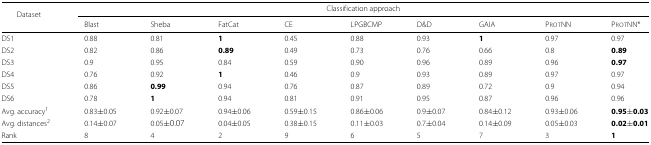
<table><thead><tr><td><b>Dataset</b></td><td colspan="9"><b>Classification approach</b></td></tr><tr><td></td><td><b>Blast</b></td><td><b>Sheba</b></td><td><b>FatCat</b></td><td><b>CE</b></td><td><b>LPGBCMP</b></td><td><b>D&amp;D</b></td><td><b>GAIA</b></td><td><b>ProtNN</b></td><td><b>ProtNN*</b></td></tr></thead><tbody><tr><td>DS1</td><td>0.88</td><td>0.81</td><td><b>1</b></td><td>0.45</td><td>0.88</td><td>0.93</td><td><b>1</b></td><td>0.97</td><td>0.97</td></tr><tr><td>DS2</td><td>0.82</td><td>0.86</td><td><b>0.89</b></td><td>0.49</td><td>0.73</td><td>0.76</td><td>0.66</td><td>0.8</td><td><b>0.89</b></td></tr><tr><td>DS3</td><td>0.9</td><td>0.95</td><td>0.84</td><td>0.59</td><td>0.90</td><td>0.96</td><td>0.89</td><td>0.96</td><td><b>0.97</b></td></tr><tr><td>DS4</td><td>0.76</td><td>0.92</td><td><b>1</b></td><td>0.46</td><td>0.9</td><td>0.93</td><td>0.89</td><td>0.97</td><td>0.97</td></tr><tr><td>DS5</td><td>0.86</td><td><b>0.99</b></td><td>0.94</td><td>0.76</td><td>0.87</td><td>0.89</td><td>0.72</td><td>0.9</td><td>0.94</td></tr><tr><td>DS6</td><td>0.78</td><td><b>1</b></td><td>0.94</td><td>0.81</td><td>0.91</td><td>0.95</td><td>0.87</td><td>0.96</td><td>0.96</td></tr><tr><td>Avg. accuracy<sup>1</sup></td><td>0.83 ±0.05</td><td>0.92 ±0.07</td><td>0.94 ±0.06</td><td>0.59 ±0.15</td><td>0.86 ±0.06</td><td>0.9 ±0.07</td><td>0.84 ±0.12</td><td>0.93 ±0.06</td><td><b>0.95 ±0.03</b></td></tr><tr><td>Avg. distances<sup>2</sup></td><td>0.14 ±0.07</td><td>0.05 ±0.07</td><td>0.04 ±0.05</td><td>0.38 ±0.15</td><td>0.11 ±0.03</td><td>0.7 ±0.04</td><td>0.14 ±0.09</td><td>0.05 ±0.03</td><td><b>0.02 ±0.01</b></td></tr><tr><td>Rank</td><td>8</td><td>4</td><td>2</td><td>9</td><td>6</td><td>5</td><td>7</td><td>3</td><td><b>1</b></td></tr></tbody></table>